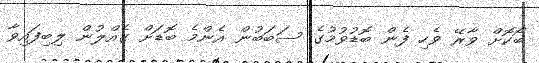
ބޯކޮށް ވާރޭ ވެހި ފެން ބޮޑުވުމުގެ ސަބަބުން އެންމެ ބޮޑަށް ގެއްލުން ލިބިފައިވާ